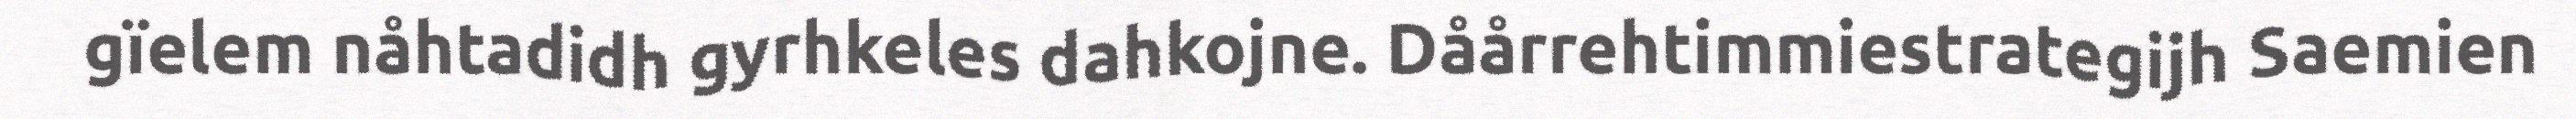
gïelem nåhtadidh gyrhkeles dahkojne. Dåårrehtimmiestrategijh Saemien